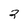
Character: 2